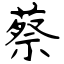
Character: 蔡